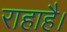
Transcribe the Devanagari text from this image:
राहाहै।